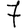
Digit: 7